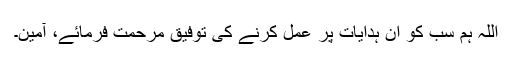
اللہ ہم سب کو ان ہدایات پر عمل کرنے کی توفیق مرحمت فرمائے، آمین۔